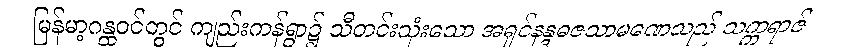
မြန်မာ့ဂန္ထဝင်တွင် ကျည်းကန်ရွာ၌ သီတင်းသုံးသော အရှင်နန္ဒဓဇသာမဏေသည် သက္ကရာဇ်